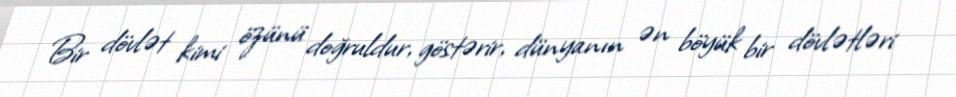
Bir dövlət kimi özünü doğruldur, göstərir, dünyanın ən böyük bir dövlətləri